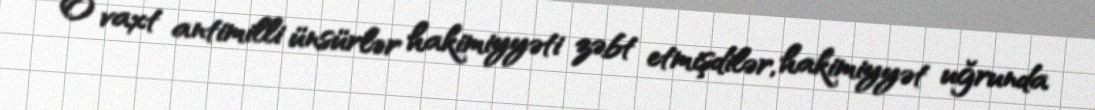
O vaxt antimilli ünsürlər hakimiyyəti zəbt etmişdilər, hakimiyyət uğrunda